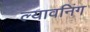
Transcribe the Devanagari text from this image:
ल्यावनिंग